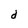
Character: d